Lunatic asylums Madras 1877-1891 - 1877-1891
Year: 1877
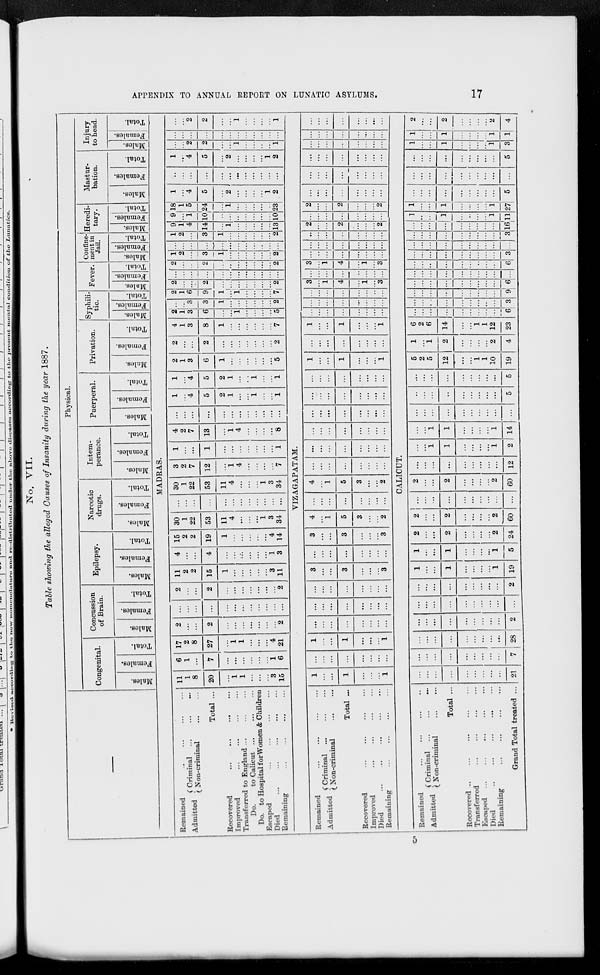
APPENDIX TO ANNUAL REPORT ON LUNATIC ASYLUMS.
17
No. VII.
Table showing the alleged Causes of Insanity during the year 1887.
—
Physical.
Congenital.
Males.
Females.
Total.
Concussion
of Brain.
Males.
Females.
Total.
Epilepsy.
Males.
Females.
Total.
Narcotic
drugs.
Males.
Females.
Total.
Intem-
perance.
Males.
Females.
Total.
Puerperal.
Males.
Females.
Total.
Privation.
Males.
Females.
Total.
Syphili-
tic.
Males.
Females.
Total.
Fever.
Males.
Females.
Total.
Confine-
ment in
Jail.
Males.
Females.
Total.
Heredi-
tary.
Males.
Females.
Total.
Mastur-
bation.
Males.
Females.
Total.
Injury
to head.
Males.
Females.
Total.
MADRAS.
Remained ... ... ... ...
Admitted
Criminal
...
...
...
Non-criminal ... ...
Total ...
Recovered
...
...
...
...
Improved ... ... ... ...
Transferred to England . . . . . . ...
Do.
to Calicut
...
...
...
Do. to Hospital for Women & Children
Escaped ... ... ... ...
Died ... ... ... ... ...
Remaining ... ... ... ...
11
1
8
20
...
1
1
...
...
...
3
15
6
1
...
7
...
...
...
...
...
...
1
6
17
2
8
27
...
1
1
...
...
...
4
21
2
...
...
2
...
...
...
...
...
...
...
2
...
...
...
...
...
...
...
...
...
...
...
...
2
...
...
2
...
...
...
...
...
...
...
2
11
2
2
15
1
...
...
...
...
...
3
11
4
...
...
4
...
...
...
...
...
...
1
3
15
2
2
19
1
...
...
...
...
...
4
14
30
1
22
53
11
4
...
...
...
1
3
34
...
...
...
...
...
...
...
...
...
...
...
...
30
1
22
53
11
4
...
...
...
1
3
34
3
2
7
12
...
1
4
...
...
...
...
7
1
...
...
1
...
...
...
...
...
...
...
1
4
2
7
13
...
1
4
...
...
...
...
8
...
...
...
...
...
...
...
...
...
...
...
...
1
...
4
5
2
1
...
...
1
...
...
1
1
...
4
5
2
1
...
...
1
...
...
1
2
1
3
6
1
...
...
...
...
...
...
5
2
...
...
2
...
...
...
...
...
...
...
2
4
1
3
8
1
...
...
...
...
...
...
7
2
1
3
6
....
...
1
...
...
...
...
5
...
...
3
3
1
...
...
...
...
...
...
2
2
1
6
9
1
...
1
...
...
...
...
7
2
...
...
2
...
...
...
...
...
...
...
2
...
...
...
...
...
...
...
...
...
...
...
...
2
...
...
2
...
...
...
...
...
...
...
2
1
2
...
3
1
...
...
...
...
...
...
2
...
...
...
...
...
...
...
...
...
...
...
...
1
2
...
3
1
...
...
...
...
...
...
2
9
1
4
14
...
1
...
...
...
...
...
13
9
...
1
10
...
...
...
...
...
...
...
10
18
1
5
24
...
1
...
...
...
...
...
23
1
...
4
5
...
2
...
...
...
...
1
2
...
...
...
...
...
...
...
...
...
...
...
...
1
...
4
5
...
2
...
...
...
...
1
2
...
...
2
2
...
...
1
...
...
...
...
1
...
...
...
...
...
...
...
...
...
...
...
...
...
...
2
2
...
...
1
...
...
...
...
1
VIZAGAPATAM.
Remained ... ... ...
...
Admitted
Criminal ... ... ...
Non-criminal ... ...
Total ...
Recovered ... ... ... ...
Improved ... ... ... ...
Died
...
...
...
...
...
Remaining
...
...
...
...
1
...
...
1
...
...
...
1
...
...
...
...
...
...
...
...
1
...
...
1
...
...
...
1
...
...
...
...
...
...
...
...
...
...
...
...
...
...
...
...
...
...
...
...
...
...
...
...
3
...
...
3
...
...
...
3
...
...
...
...
...
...
...
...
3
...
...
3
...
...
...
3
4
...
1
5
3
...
...
2
...
...
...
...
...
...
...
...
4
...
1
5
3
...
...
2
...
...
...
...
...
...
...
...
...
...
...
...
...
...
...
...
...
...
...
...
...
...
...
...
...
...
...
...
...
...
...
...
...
...
...
...
...
...
...
...
...
...
...
...
...
...
...
...
1
...
...
1
...
...
...
1
...
...
...
...
...
...
...
...
1
...
...
1
...
...
...
1
...
...
...
...
...
...
...
...
...
...
...
...
...
...
...
...
...
...
...
...
...
...
...
...
3
...
1
4
...
1
...
3
...
...
...
...
...
...
...
...
3
...
1
4
...
1
...
3
...
...
...
...
...
...
...
...
...
...
...
...
...
...
...
...
...
...
...
...
...
...
...
...
2
...
...
2
...
...
...
2
...
...
...
...
...
...
...
...
2
...
...
2
...
...
...
2
...
...
...
...
...
...
...
...
...
...
...
...
...
...
...
...
...
...
...
...
...
...
...
...
...
...
...
...
...
...
...
...
...
...
...
...
...
...
...
...
...
...
...
...
...
...
...
...
CALICUT.
Remained
...
...
...
...
Admitted
Criminal ... ... ...
Non-criminal
...
...
Total ...
Recovered
...
...
...
...
...
Transferred
...
...
...
...
Escaped ... ... ...
...
...
Died
...
... ... ... ...
Remaining ... ... ... ...
Grand Total treated ...
...
...
...
...
...
...
...
...
...
21
...
...
...
...
...
...
...
...
...
7
...
...
...
...
...
...
...
...
...
28
...
...
...
...
...
...
...
...
...
2
...
...
...
...
...
...
...
...
...
...
...
...
...
...
...
...
...
...
...
2
1
...
...
1
...
...
...
...
1
19
1
...
...
1
...
...
...
...
1
5
2
...
...
2
...
...
...
...
2
24
2
...
...
2
...
...
...
...
2
60
...
...
...
...
...
...
...
...
...
...
2
...
...
2
...
...
...
...
2
60
...
...
...
...
...
...
...
...
...
12
...
...
1
1
...
...
...
...
1
2
...
...
1
1
...
...
...
...
1
14
...
...
...
...
...
...
...
...
...
...
...
...
...
...
...
...
...
...
5
...
...
...
...
...
...
...
...
...
5
5
2
5
12
...
...
1
1
10
19
1
...
1
2
...
...
...
...
2
4
6
2
6
14
...
...
1
1
12
23
...
...
...
...
...
...
...
...
...
6
...
...
...
...
...
...
...
...
...
3
...
...
...
...
...
...
...
...
...
9
...
...
...
...
...
...
...
...
...
6
...
...
...
...
...
...
...
...
...
...
...
...
...
...
...
...
...
...
...
6
...
...
...
...
...
...
...
...
...
3
...
...
...
...
...
...
...
...
...
...
...
...
...
...
...
...
...
...
...
3
...
...
...
...
...
...
...
...
...
16
1
...
...
1
...
...
...
...
1
11
1
...
...
1
...
...
...
...
1
27
...
...
...
...
...
...
...
...
...
5
...
...
...
...
...
...
...
...
...
...
...
...
...
...
...
...
...
...
...
5
1
...
...
1
...
...
...
...
1
3
1
...
...
1
...
...
...
...
1
1
2
...
...
2
...
...
...
...
2
4
5